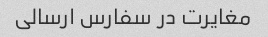
مغایرت در سفارس ارسالی